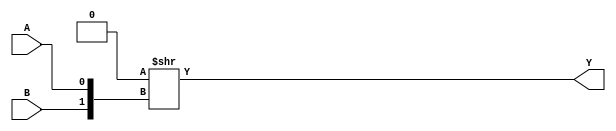
module CFG2 (
	output Y,
	input A,
	input B
);
	parameter [3:0] INIT = 4'h0;
	assign Y = INIT >> {B, A};
endmodule